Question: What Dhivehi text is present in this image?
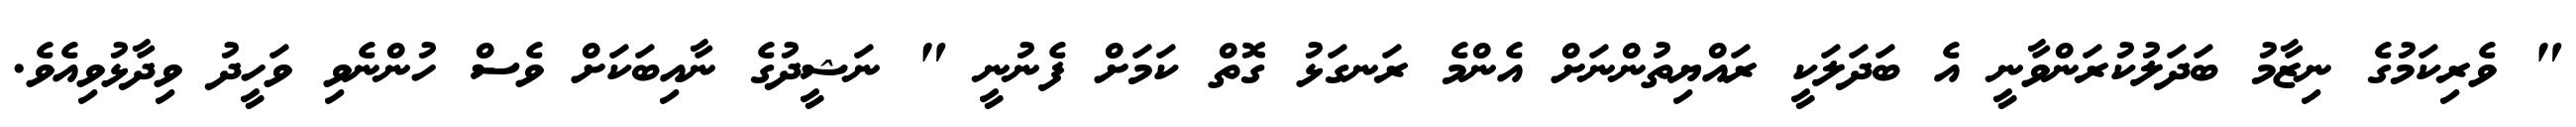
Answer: " ވެރިކަމުގެ ނިޒާމު ބަދަލުކުރަންވާނީ އެ ބަދަލަކީ ރައްޔިތުންނަށް އެންމެ ރަނގަޅު ގޮތް ކަމަށް ފެނުނީ " ނަޝީދުގެ ނާއިބަކަށް ވެސް ހުންނެވި ވަހީދު ވިދާޅުވިއެވެ.